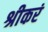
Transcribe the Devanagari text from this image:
श्रीकरं